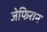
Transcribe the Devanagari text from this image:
जेफिरान